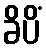
ခိပိံ